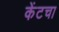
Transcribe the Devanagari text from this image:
केंटचा